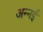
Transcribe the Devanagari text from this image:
अन्नई